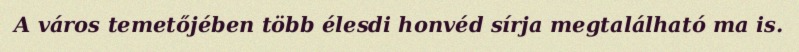
A város temetőjében több élesdi honvéd sírja megtalálható ma is.